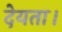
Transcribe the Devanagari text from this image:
देयता।